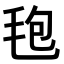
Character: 𣭚